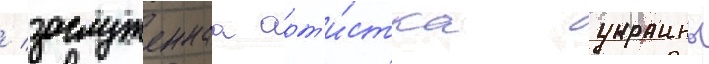
/ заслуженнаа арт'и́стка украины